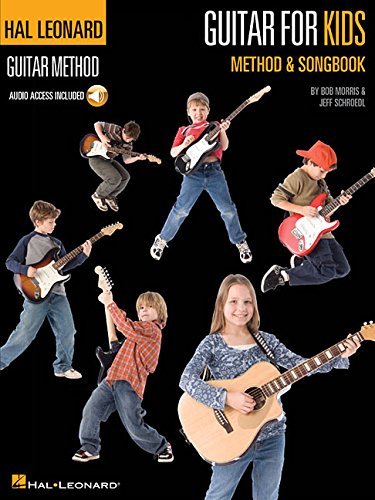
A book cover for Guitar for Kids Method & Songbook: Hal Leonard Guitar Method; Jeff Schroedl; Children's Books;